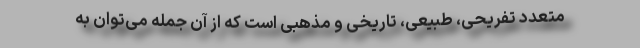
متعدد تفریحی، طبیعی، تاریخی و مذهبی است که از آن جمله می‌توان به